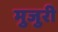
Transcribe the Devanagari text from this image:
मुजुरी